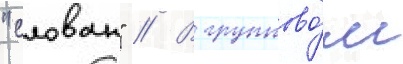
"слован" // В группово́м